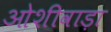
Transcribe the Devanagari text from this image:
ओशीवाड़ा